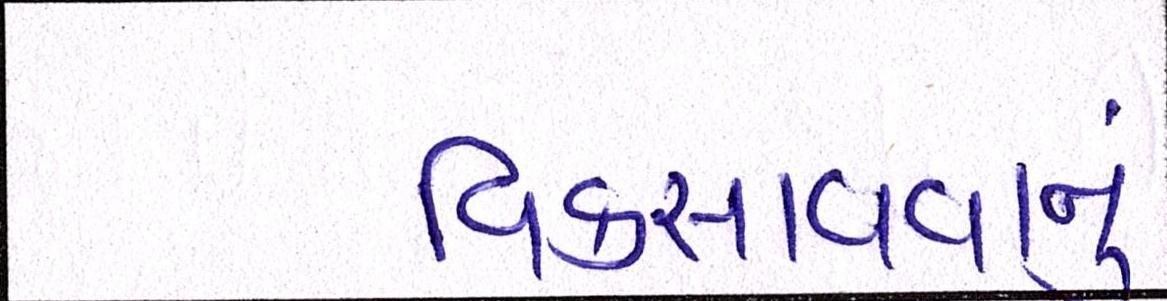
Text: વિકસાવવાનું